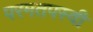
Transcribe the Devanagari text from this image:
परमतपस्वी